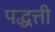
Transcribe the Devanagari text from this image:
पद्धत्ती